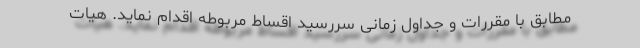
مطابق با مقررات و جداول زمانی سررسید اقساط مربوطه اقدام نماید. هیات